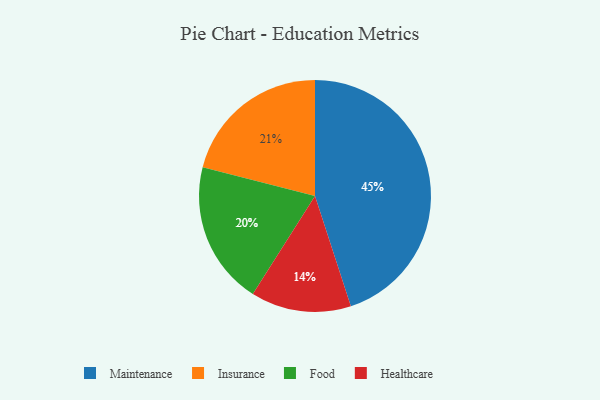
{"axis": {"x": "Category", "y": "Percentage"}, "legend": ["Food", "Healthcare", "Insurance", "Maintenance"], "data": [{"x": "Healthcare", "y": 14, "type": "Healthcare"}, {"x": "Insurance", "y": 21, "type": "Insurance"}, {"x": "Food", "y": 20, "type": "Food"}, {"x": "Maintenance", "y": 45, "type": "Maintenance"}]}